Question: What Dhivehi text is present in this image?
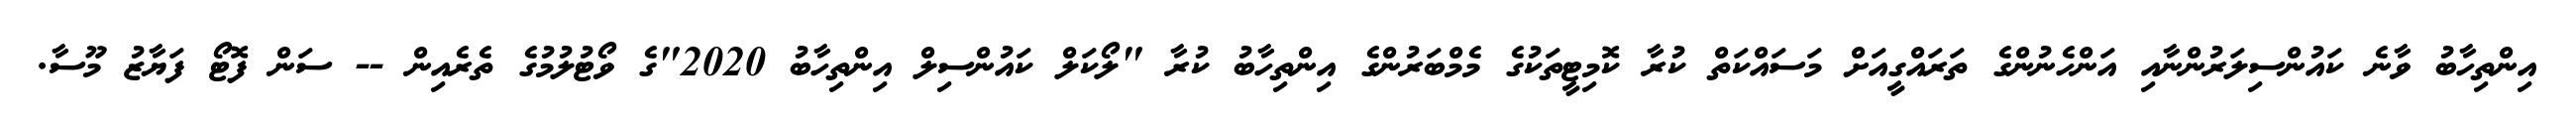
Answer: އިންތިހާބު ވާނެ ކައުންސިލަރުންނާއި އަންހެނުންގެ ތަރައްގީއަށް މަސައްކަތް ކުރާ ކޮމިޓީތަކުގެ މެމްބަރުންގެ އިންތިހާބު ކުރާ "ލޯކަލް ކައުންސިލް އިންތިހާބު 2020"ގެ ވޯޓުލުމުގެ ތެރެއިން -- ސަން ފޮޓޯ ފަޔާޒު މޫސާ.